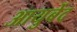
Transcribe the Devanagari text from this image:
आयुर्बेद